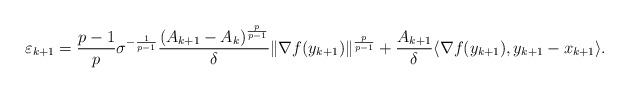
LaTeX: \begin{align*}\varepsilon_{k+1} = \frac{p-1}{p}\sigma^{-\frac{1}{p-1}}\frac{(A_{k+1} - A_k)^{\frac{p}{p-1}}}{\delta}\|\nabla f(y_{k+1})\|^{\frac{p}{p-1}} + \frac{A_{k+1}}{\delta}\langle \nabla f(y_{k+1}), y_{k+1} - x_{k+1}\rangle. \end{align*}